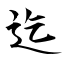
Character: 迄